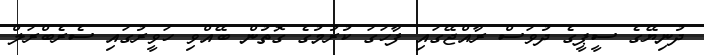
ދުނިޔޭގެ ސީޕީގެ ދުވަސް ރާއްޖޭގައި ފާހަގަ ކުރުމުގެ ގޮތުން ބޭއްވި ހަވީރުގައި ސެރެބްރަލް